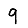
Digit: 9